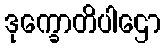
ဒုက္ခောတိပါဌော